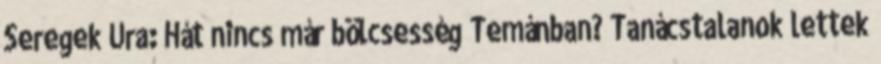
Seregek Ura: Hát nincs már bölcsesség Temánban? Tanácstalanok lettek